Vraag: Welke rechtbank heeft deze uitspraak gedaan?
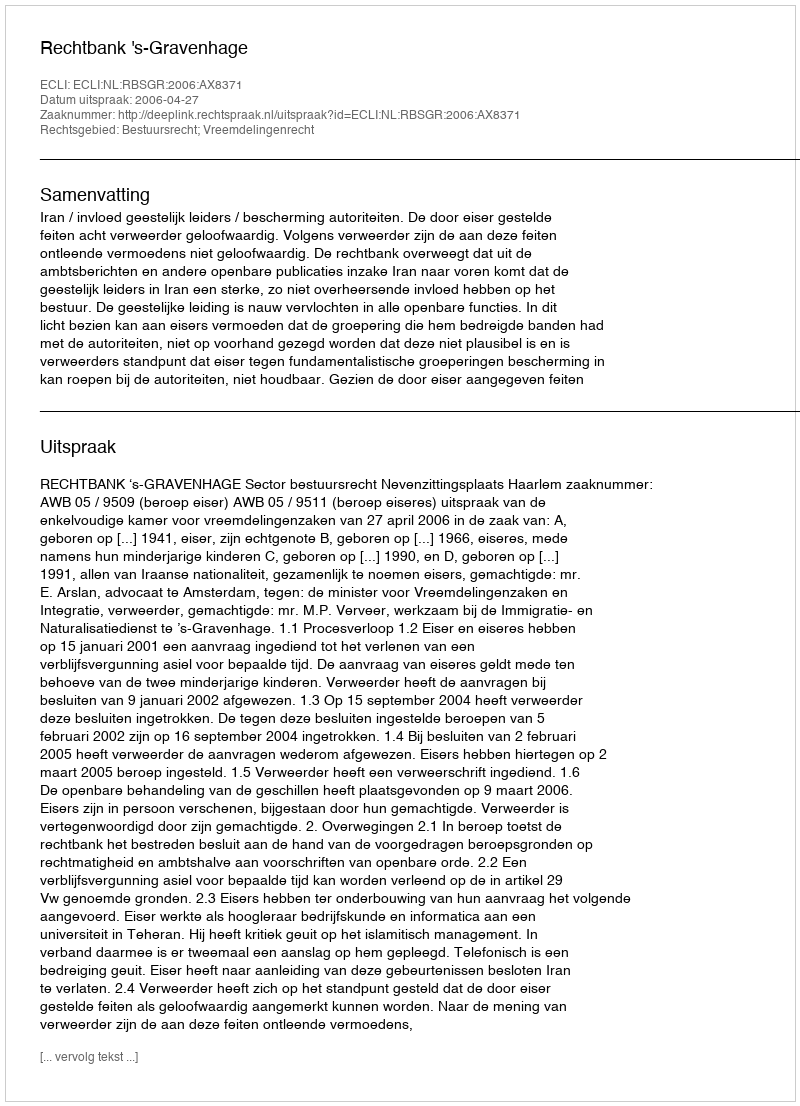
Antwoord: Rechtbank 's-Gravenhage